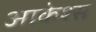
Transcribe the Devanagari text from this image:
आकेश्स